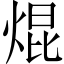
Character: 焜